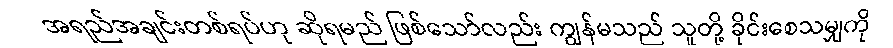
အရည်အချင်းတစ်ရပ်ဟု ဆိုရမည် ဖြစ်သော်လည်း ကျွန်မသည် သူတို့ ခိုင်းစေသမျှကို